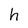
Character: h